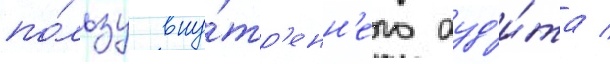
по́льзу вну́тр'енн'его ауд'и́та /